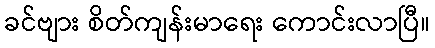
ခင်ဗျား စိတ်ကျန်းမာရေး ကောင်းလာပြီ။